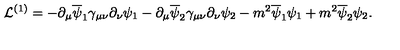
{ \cal L } ^ { ( 1 ) } = - \partial _ { \mu } \overline { \psi } _ { 1 } \gamma _ { \mu \nu } \partial _ { \nu } \psi _ { 1 } - \partial _ { \mu } \overline { \psi } _ { 2 } \gamma _ { \mu \nu } \partial _ { \nu } \psi _ { 2 } - m ^ { 2 } \overline { \psi } _ { 1 } \psi _ { 1 } + m ^ { 2 } \overline { \psi } _ { 2 } \psi _ { 2 } .